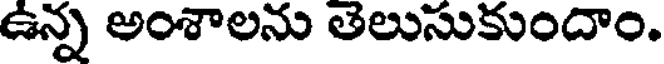
ఉన్న అంశాలను తెలుసుకుందాం.